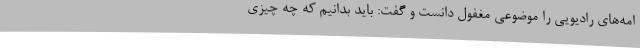
امه‌های رادیویی را موضوعی مغفول دانست و گفت: باید بدانیم که چه چیزی